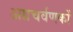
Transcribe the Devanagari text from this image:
अग्रचर्वणकों